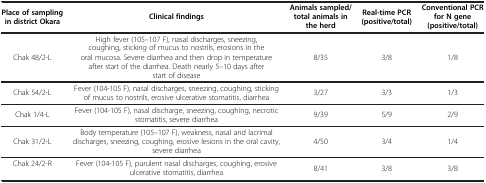
<table><thead><tr><td><b>Place of sampling in district Okara</b></td><td><b>Clinical findings</b></td><td><b>Animals sampled/total animals in the herd</b></td><td><b>Real-time PCR (positive/total)</b></td><td><b>Conventional PCR for N gene (positive/total)</b></td></tr></thead><tbody><tr><td>Chak 48/2-L</td><td>High fever (105–107 F), nasal discharges, sneezing, coughing, sticking of mucus to nostrils, erosions in the oral mucosa. Severe diarrhea and then drop in temperature after start of the diarrhea. Death nearly 5–10 days after start of disease</td><td>8/35</td><td>3/8</td><td>1/8</td></tr><tr><td>Chak 54/2-L</td><td>Fever (104-105 F), nasal discharges, sneezing, coughing, sticking of mucus to nostrils, erosive ulcerative stomatitis, diarrhea</td><td>3/27</td><td>3/3</td><td>1/3</td></tr><tr><td>Chak 1/4-L</td><td>Fever (104-105 F), nasal discharge, sneezing, coughing, necrotic stomatitis, severe diarrhea</td><td>9/39</td><td>5/9</td><td>2/9</td></tr><tr><td>Chak 31/2-L</td><td>Body temperature (105–107 F), weakness, nasal and lacrimal discharges, sneezing, coughing, erosive lesions in the oral cavity, severe diarrhea</td><td>4/50</td><td>3/4</td><td>1/4</td></tr><tr><td>Chak 24/2-R</td><td>Fever (104-105 F), purulent nasal discharges, coughing, erosive ulcerative stomatitis, diarrhea</td><td>8/41</td><td>3/8</td><td>3/8</td></tr></tbody></table>